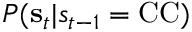
P ( \mathbf { s } _ { t } | s _ { t - 1 } = \mathrm { C C } )